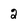
Character: 2